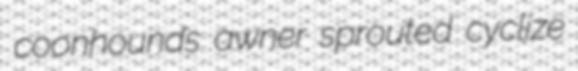
coonhounds awner sprouted cyclize